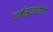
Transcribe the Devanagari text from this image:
धर्मसुधारणेची